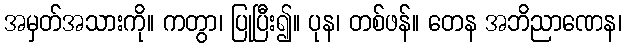
အမှတ်အသားကို။ ကတွာ၊ ပြုပြီး၍။ ပုန၊ တစ်ဖန်။ တေန အဘိညာဏေန၊